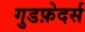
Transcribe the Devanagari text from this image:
गुडफ़ेदर्स